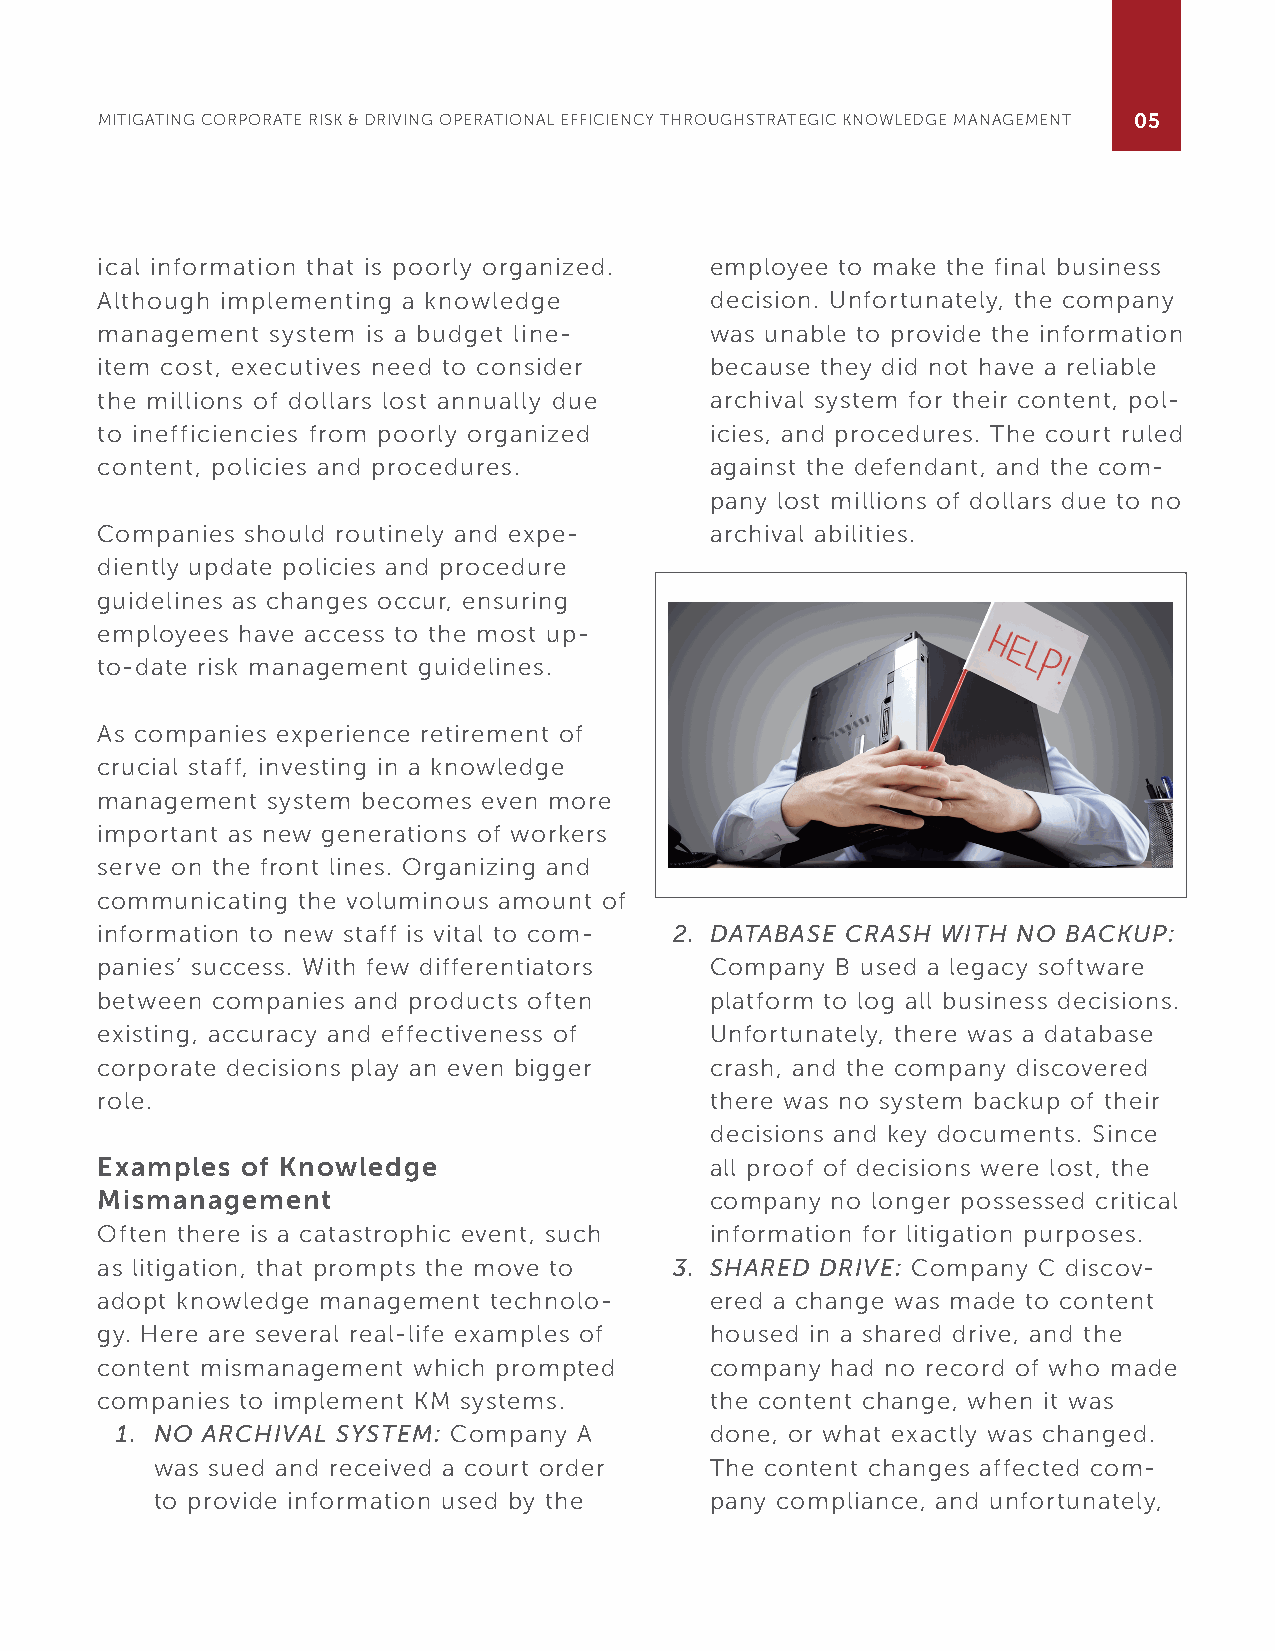
MITIGATING CORPORATE RISK & DRIVING OPERATIONAL EFFICIENCY THROUGHSTRATEGIC KNOWLEDGE MANAGEMENT 05
 ical information that is poorly organized. employee to make the final business
 Although implementing a knowledge        decision. Unfortunately, the company
 management  system is a budget line-     was unable to provide the information
 item cost, executives need to consider   because they did not have a reliable
 the millions of dollars lost annually due archival system for their content, pol-
 to inefficiencies from poorly organized  icies, and procedures. The court ruled
 content, policies and procedures.        against the defendant, and the com-
 pany lost millions of dollars due to no
 Companies should routinely and expe-     archival abilities.
 diently update policies and procedure
 guidelines as changes occur, ensuring
 employees have access to the most up-
 to-date risk management guidelines.
 As companies experience retirement of
 crucial staff, investing in a knowledge
 management  system becomes even more
 important as new generations of workers
 serve on the front lines. Organizing and
 communicating the voluminous amount of
 information to new staff is vital to com- 2. DATABASE CRASH WITH NO BACKUP:
 panies’ success. With few differentiators Company B used a legacy software
 between companies and products often     platform to log all business decisions.
 existing, accuracy and effectiveness of  Unfortunately, there was a database
 corporate decisions play an even bigger  crash, and the company discovered
 role.                                    there was no system backup of their
 decisions and key documents. Since
 Examples  of Knowledge                   all proof of decisions were lost, the
 Mismanagement                            company no longer possessed critical
 Often there is a catastrophic event, such information for litigation purposes.
 as litigation, that prompts the move to 3. SHARED DRIVE: Company C discov-
 adopt knowledge management technolo-     ered a change was made to content
 gy. Here are several real-life examples of housed in a shared drive, and the
 content mismanagement which prompted     company had no record of who made
 companies to implement KM systems.       the content change, when it was
 1. NO ARCHIVAL SYSTEM: Company A       done, or what exactly was changed.
 was sued and received a court order  The content changes affected com-
 to provide information used by the   pany compliance, and unfortunately,